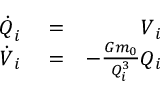
\begin{array} { r l r } { \boldsymbol { \dot { Q } } _ { i } } & { { } = } & { \v V _ { i } } \\ { \boldsymbol { \dot { V } } _ { i } } & { { } = } & { - \frac { G m _ { 0 } } { Q _ { i } ^ { 3 } } \v Q _ { i } } \end{array}